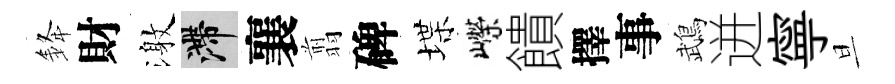
𨦟財激滯襄翦碑堞嶸饋擇事鵡迸寧旦